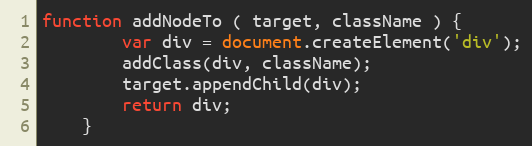
Language: JavaScript
function addNodeTo ( target, className ) {
        var div = document.createElement('div');
        addClass(div, className);
        target.appendChild(div);
        return div;
    }